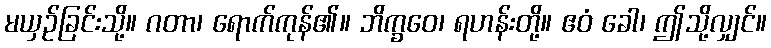
မယှဉ်ခြင်းသို့။ ဂတာ၊ ရောက်ကုန်၏။ ဘိက္ခဝေ၊ ရဟန်းတို့။ ဧဝံ ခေါ၊ ဤသို့လျှင်။